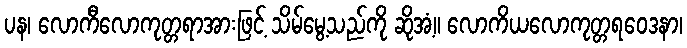
ပန၊ လောကီလောကုတ္တရာအားဖြင့် သိမ်မွေ့သည်ကို ဆိုအံ့။ လောကိယလောကုတ္တရဝေဒနာ၊